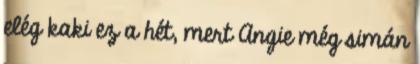
elég kaki ez a hét, mert Angie még simán